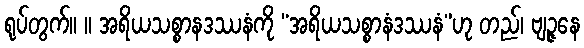
ရုပ်တွက်။ ။ အရိယသစ္စာနဒဿနံကို “အရိယသစ္စာနံဒဿနံ”ဟု တည်၊ ဗျဉ္ဇနေ